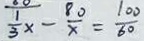
\frac { 1 } { 3 } x - \frac { 8 0 } { x } = \frac { 1 0 0 } { 6 0 }